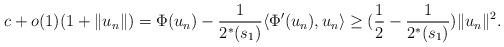
LaTeX: \begin{align*}c+o(1)(1+\|u_n\|)=\Phi(u_n)-\frac{1}{2^*(s_1)}\langle \Phi'(u_n), u_n\rangle\geq(\frac{1}{2}-\frac{1}{2^*(s_1)})\|u_n\|^2.\end{align*}